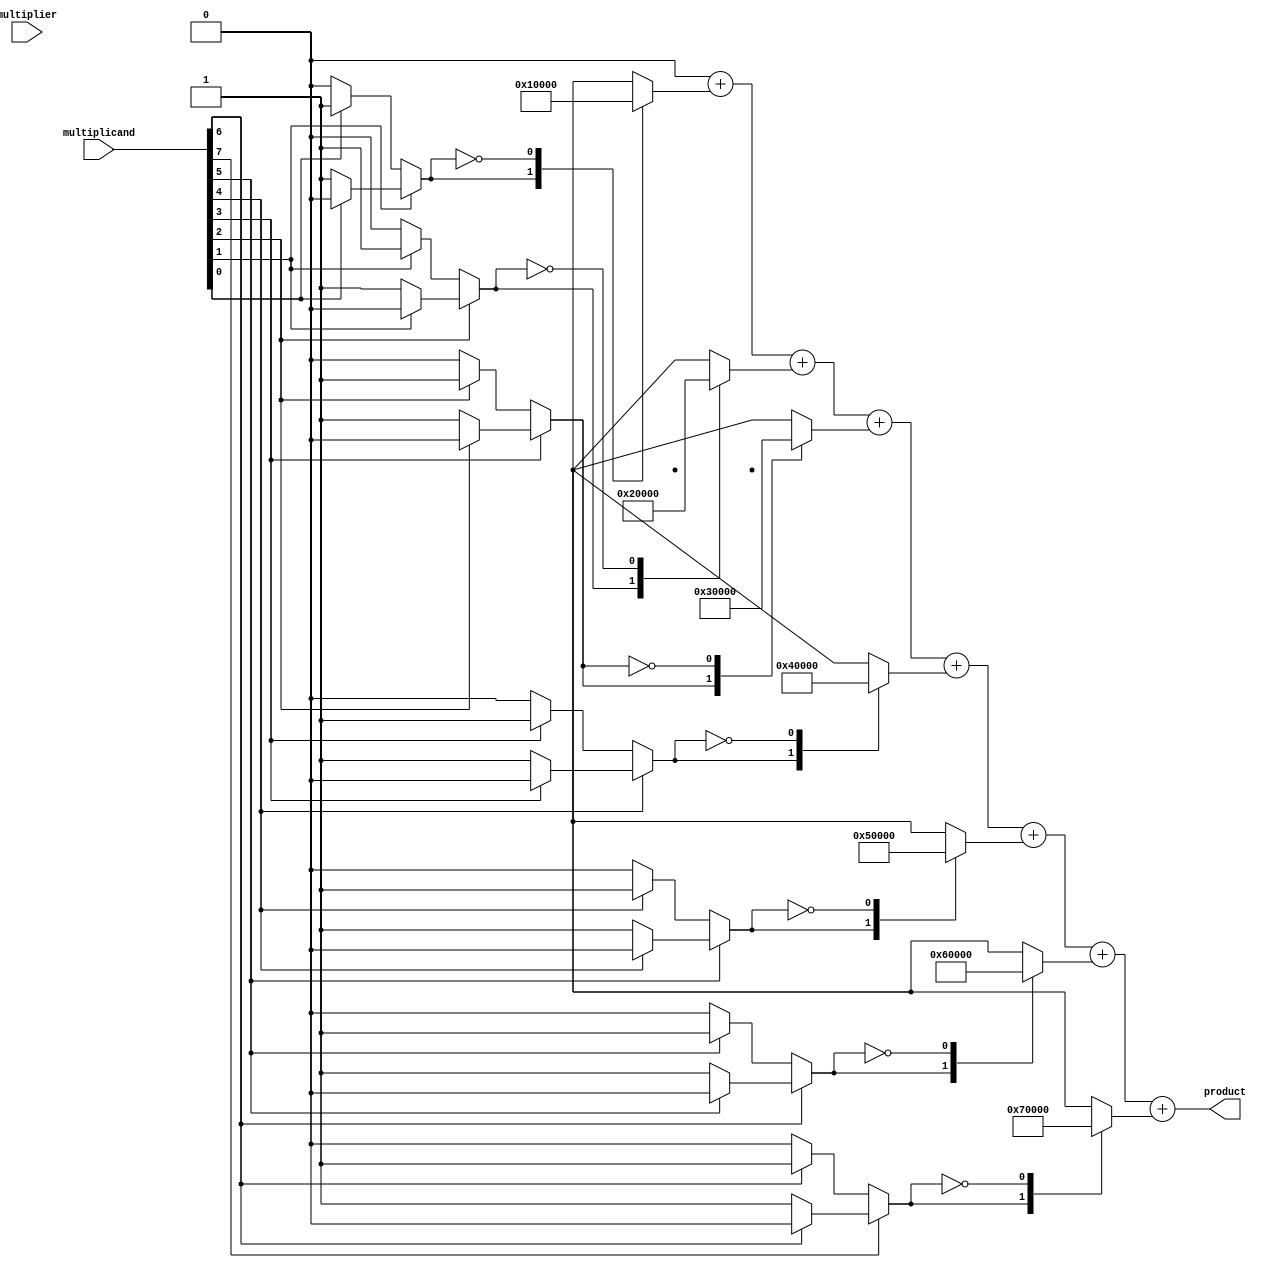
module csd_multiplier #(parameter WIDTH = 8, parameter PRODUCT_WIDTH = 2 * WIDTH)(
    input  wire [WIDTH-1:0] multiplicand,
    input  wire [WIDTH-1:0] multiplier,
    output reg  [PRODUCT_WIDTH-1:0] product
);

    // CSD encoding function
    function [WIDTH-1:0] csd_encode;
        input [WIDTH-1:0] num;
        reg [WIDTH-1:0] csd;
        integer i;
        begin
            csd = 0;
            for (i = 0; i < WIDTH; i = i + 1) begin
                if (num[i] == 1) begin
                    if (i > 0 && num[i-1] == 1) begin
                        csd[i] = 0; // -1 + 1 = 0 (carry)
                    end else begin
                        csd[i] = 1; // 1
                    end
                end else if (i > 0 && num[i-1] == 1) begin
                    csd[i] = -1; // -1
                end
            end
            csd_encode = csd;
        end
    endfunction

    // Generate partial products based on CSD representation
    reg [WIDTH-1:0] csd;
    reg [PRODUCT_WIDTH-1:0] partial_products [0:WIDTH-1];

    integer j;
    always @(*) begin
        // CSD encoding
        csd = csd_encode(multiplicand);
        // Initialize product to zero
        product = 0;

        // Generate partial products
        for (j = 0; j < WIDTH; j = j + 1) begin
            case (csd[j])
                1'b1: partial_products[j] = {multiplicand, j}; // Add multiplicand shifted left by j
                1'b0: partial_products[j] = 0; // No operation
                -1: partial_products[j] = ~{multiplicand, j} + 1; // Subtract multiplicand (2's complement)
                default: partial_products[j] = 0;
            endcase
        end

        // Sum the partial products
        for (j = 0; j < WIDTH; j = j + 1) begin
            product = product + partial_products[j];
        end
    end

endmodule